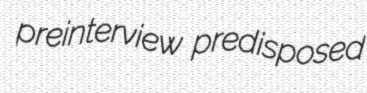
preinterview predisposed